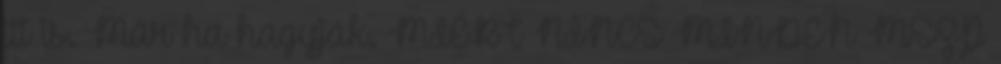
itt is. Már ha hagyják. MIÉRT NINCS MINDEN MSZP